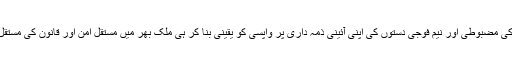
قانون نافذ کرنے والے سویلین اداروں کی مضبوطی اور نیم فوجی دستوں کی اپنی آئینی ذمہ داری پر واپسی کو یقینی بنا کر ہی ملک بھر میں مستقل امن اور قانون کی مستقل حکمرانی کو ممکن بنایا جاسکتا ہے ۔